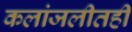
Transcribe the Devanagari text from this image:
कलांजलीतही